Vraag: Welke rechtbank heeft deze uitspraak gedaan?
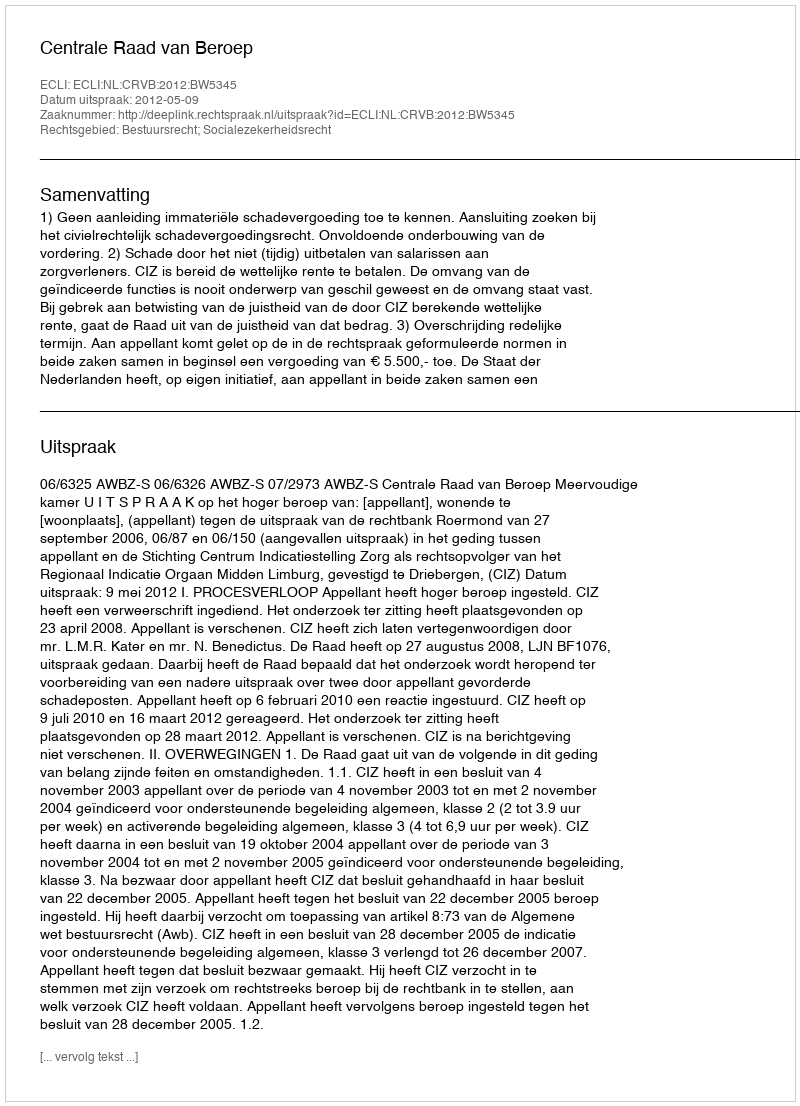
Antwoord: Centrale Raad van Beroep